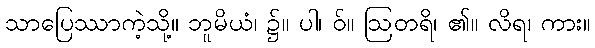
သာပြေဿာကဲ့သို့။ ဘူမိယံ၊ ၌။ ပါ၊ ဝ်။ ဩတရိ၊ ၏။ လိရ၊ ကား။